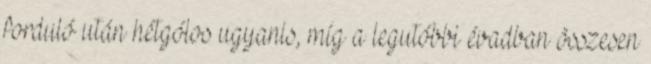
forduló után hétgólos ugyanis, míg a legutóbbi évadban összesen